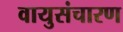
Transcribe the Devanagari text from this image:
वायुसंचारण